Lock hospitals Punjab
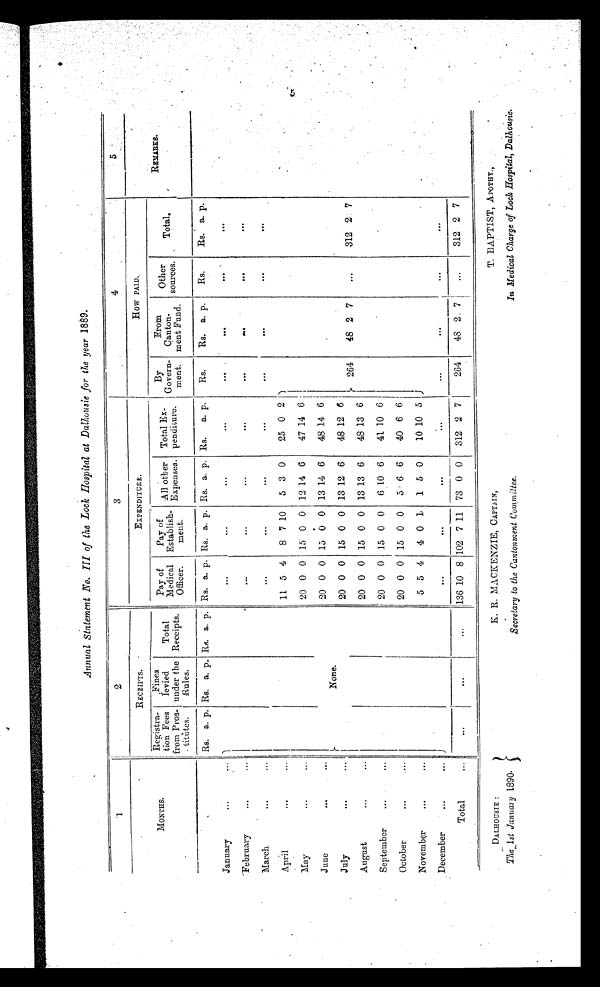
DALHOUSIE :
The 1st January 1890.
K. R. MACKENZIE, CAPTAIN,
Secretary to the Cantonment Committee.
T. BAPTIST, APOTHY.,
In Medical Charge of Lock Hospital, Dalhousie.
A n n u a l S t a t e m e n t . N o . I I I o f t h e L o c k H o s p i t a l a t D a l h o u s i e f o r t h e y e a r
1 8 8 9 .
1
2
I
3
4
5
MONTHS: .
RECEIPTS
EXPENDITURE.
HOW PAID.
Registra-
tion Fees
from Pros-
titutes.
Fines
levied.
under the
Rules.
Total
Receipts.
Pay of
Medical
Officer.
Pay of
Establish-
ment..
All other
Expenses.
Total Ex-
penditure.
By
Govern-
ment.
From
Canton-
ment Fund.
Other
sources.
Total.
REMARKS.
.
Rs. a. p. Rs. a. p. Rs. a. p. Rs. a. p. Rs. a. p. Rs. a. p. Rs.
a. p.
Rs.
Rs. a. p.
Rs.
Rs. a. p.
January
. . .
. . .
. . .
. . .
...
. . .
. . .
. . .
. . .
. . .
February
. . .
...
...
...
. . .
. . .
. . .
. . .
. . .
. . .
M March
. . .
...
...
...
. . .
. . .
...
. . .
. . .
. . .
April
...
. . .
11 5 4
8 7 10
5 3 0
25 0 2
May
...
....
20 0 0 15 0 0 12 14 6
47 14 6
Jane
. . .
...
None.
20 0 0 15 0 0 13 14 6
48 14 6
264
48 2 7
. . . 312 2. 7
July
. . .
. . .
20 0 0 15 0 0 13 12 6
48 12 6
August
...
...
20 0 0 15 0 0 13 13 6
48 13 6
September
...
...
20 0 0 15 0 0
6 10 6
41 10 6
October
...
...
20 0 0 15 0 0
5 6 6
40 6 6
November
. . .
...
5 5 4
4 0 1.
1 5 0
10 10 5
December
. . .
. . .
. . .
...
. . .
. . .
. . .
. . .
. . .
Total
...
...
. . .
...
136 10 8 102 7 11 73 0 0
312 2 7
264
48 2. 7
...
312 2 7